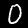
Digit: 0